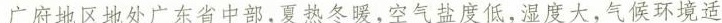
广府地区地处广东省中部，夏热冬暖，空气盐度低，湿度大，气候环境适